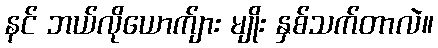
နင် ဘယ်လိုယောက်ျား မျိုး နှစ်သက်တာလဲ။